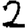
Digit: 2